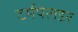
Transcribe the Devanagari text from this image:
टर्मपेलडर